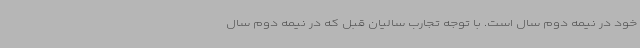
خود در نیمه دوم سال است. با توجه تجارب سالیان قبل که در نیمه دوم سال